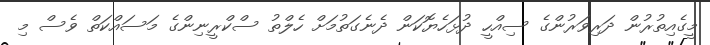
މީގެއިތުރުން ދަރިވަރުންގެ ސިއްހީ ދުޅަހެޔޮކަން ދެނެގަތުމަށް ހެލްތު ސްކްރީނިންގެ މަސައްކަތް ވެސް މި